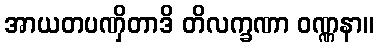
အာယတပဏှိတာဒိ တိလက္ခဏာ ဝဏ္ဏနာ။